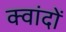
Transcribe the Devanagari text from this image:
क्वांदों